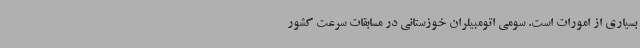
بسیاری از امورات است. سومی اتومبیلران خوزستانی در مسابقات سرعت کشور